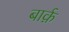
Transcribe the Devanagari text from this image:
बार्क़